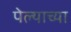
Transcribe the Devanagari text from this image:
पेल्याच्या